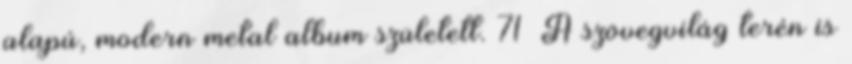
alapú, modern metal album született. 71 A szövegvilág terén is